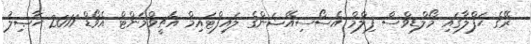
ރޭގެ ޙަފްލާގައި މޯލްޑިވްސް ފިލްމް އެސޯސިއޭޝަންގެ ލައިފްޓައިމް އެޗީވްމަންޓް އެވޯޑް 2011 ޙާޞިލު